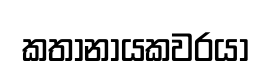
කතානායකවරයා